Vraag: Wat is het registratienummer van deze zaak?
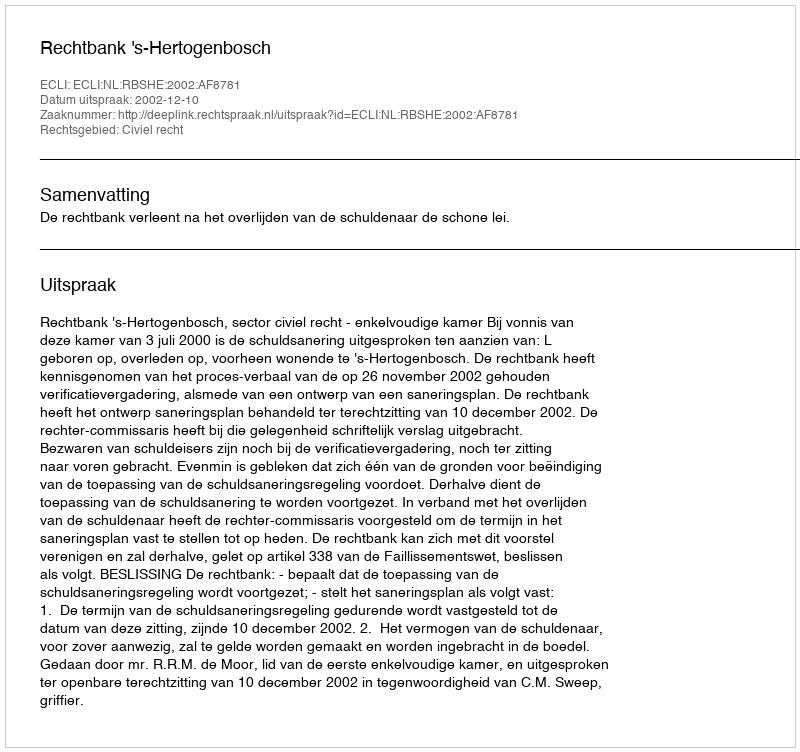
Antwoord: http://deeplink.rechtspraak.nl/uitspraak?id=ECLI:NL:RBSHE:2002:AF8781